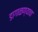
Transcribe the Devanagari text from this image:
डागाळण्याचा